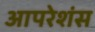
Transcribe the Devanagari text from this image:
आपरेशंस